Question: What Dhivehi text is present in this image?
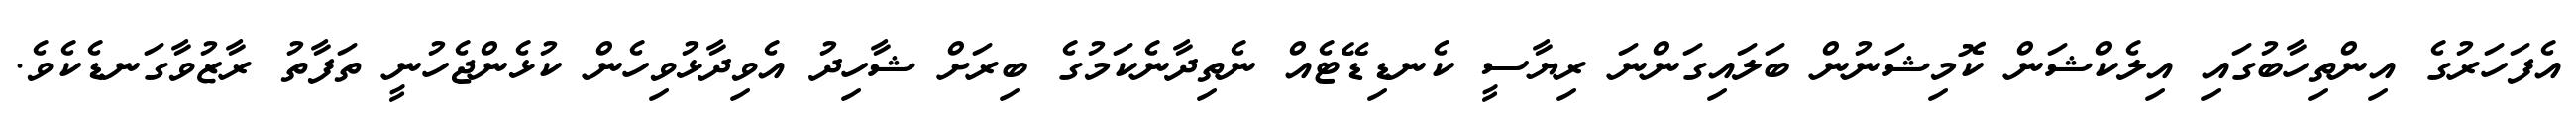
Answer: އެފަހަރުގެ އިންތިހާބުގައި އިލެކްޝަން ކޮމިޝަނުން ބަލައިގަންނަ ރިޔާސީ ކެނޑިޑޭޓެއް ނެތިދާނެކަމުގެ ބިރަށް ޝާހިދު އެވިދާޅުވިހެން ކުޅެންޖެހުނީ ތަފާތު ރާޒުވާގަނޑެކެވެ.